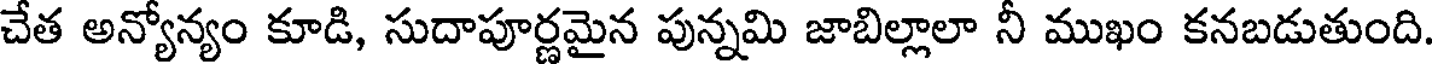
చేత అన్యోన్యం కూడి, సుదాపూర్ణమైన పున్నమి జాబిల్లాలా నీ ముఖం కనబడుతుంది